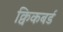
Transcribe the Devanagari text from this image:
क्विकबर्ड